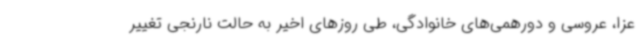
عزا، عروسی و دورهمی‌های خانوادگی، طی روزهای اخیر به حالت نارنجی تغییر